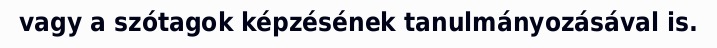
vagy a szótagok képzésének tanulmányozásával is.